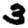
Digit: 3